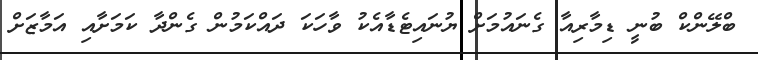
ބްލޭންކް ބުނީ ޑިމާރިއާ ގެނައުމަށް ޔުނައިޓެޑާއެކު ވާހަކަ ދައްކަމުން ގެންދާ ކަމަށާއި އަމާޒަށް